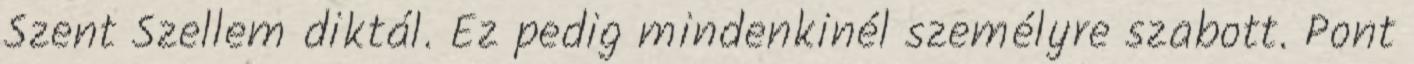
Szent Szellem diktál. Ez pedig mindenkinél személyre szabott. Pont